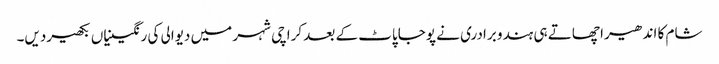
شام کا اندھیرا چھاتے ہی ہندو برادری نے پوجاپاٹ کے بعد کراچی شہر میں دیوالی کی رنگینیاں بکھیردیں۔